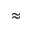
\approx